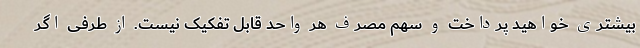
بیشتری خواهید پرداخت و سهم مصرف هر واحد قابل تفکیک نیست. از طرفی اگر